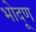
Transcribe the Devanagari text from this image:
भोदूण